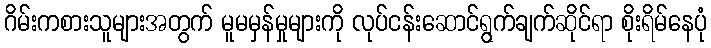
ဂိမ်းကစားသူများအတွက် မူမမှန်မှုများကို လုပ်ငန်းဆောင်ရွက်ချက်ဆိုင်ရာ စိုးရိမ်နေပုံ